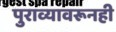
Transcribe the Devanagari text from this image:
पुराव्यावरूनही